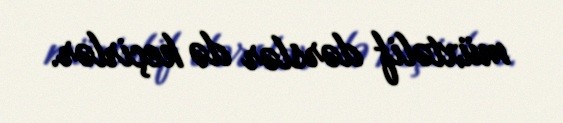
müxtəlif dərslər də keçirlər.